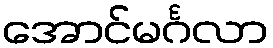
အောင်မင်္ဂလာ